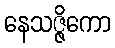
နေသဇ္ဇိကော